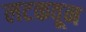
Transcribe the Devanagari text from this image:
लटकवून